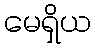
မေရှိယ